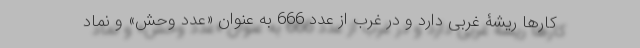
کارها ریشۀ غربی دارد و در غرب از عدد 666 به عنوان «عدد وحش» و نماد